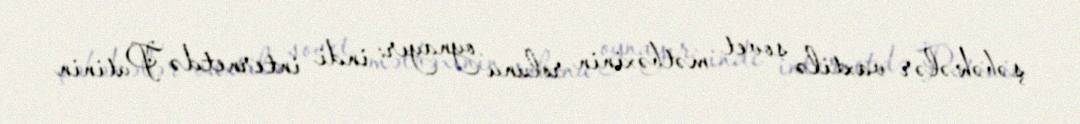
şəbəkələr vaxtilə sovet mətbəxinin rolunu oynayır: indi internetdə Putinin